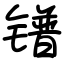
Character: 镨